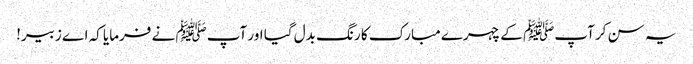
یہ سن کر آپﷺ کے چہرے مبارک کا رنگ بدل گیا اور آپﷺ نے فرمایا کہ اے زبیر!